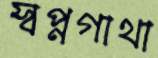
স্বপ্নগাথা